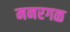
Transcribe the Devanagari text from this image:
मनरगळ